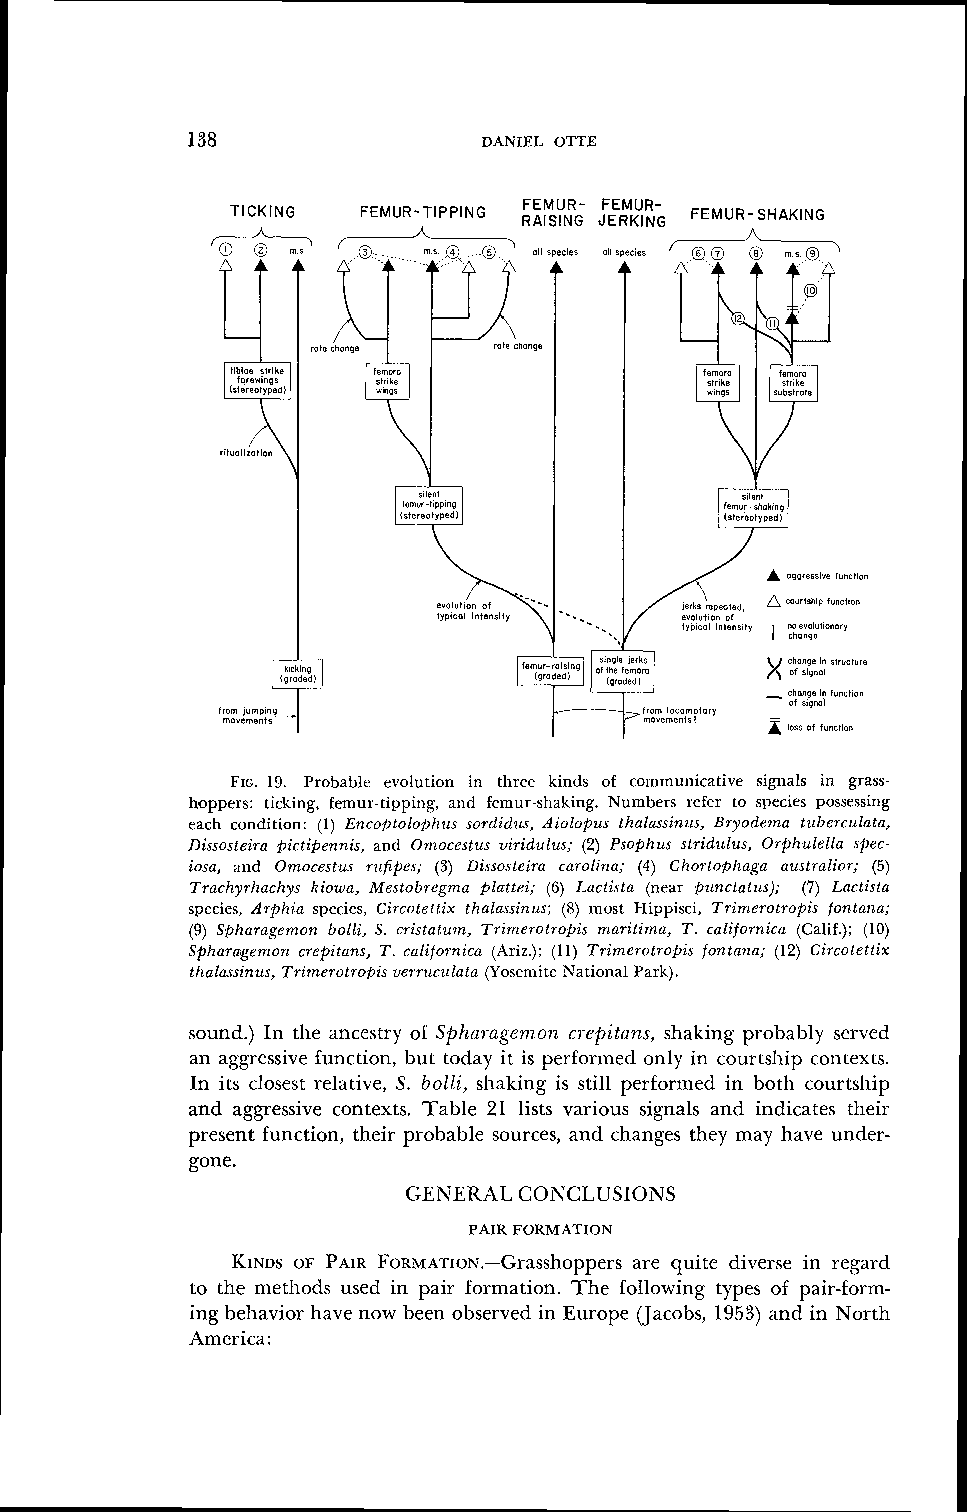
138                 DANIEL OITE
 FEMUR-SHAKING
 FIG. 19. Probable evolution in three kinds of communicative signals in grass-
 hoppers: ticking, femur-tipping, and fernur-shaking. Numbers refer to species possessing
 each condition: (1) Enco@tolofihzts sorclidzis, Aiolofizis thalassinus, Bryodema tuherculata,
 Dissosteira pictipennis, and Omocestus viridtilus; (2) Psophus stridzilus, Orfilzulella spec-
 iosa, and Ornocestzrs rufifies; (3) Dissosteira carolina; (4) Chortof~haga azistralior; (5)
 Trachyrhachys kiowa, Mestobregnta plattei; (6) Lactista (near f)unctatus); (7) Lactista
 species, Arphia species, Circotettix thalassinus; (8) most Hippisci, Trimerotrof)is fontana;
 (9) Spharage~nonb olli, S. cristatziin, Trinierolropis maritima, T. californica (Calif.); (10)
 Spharagemon crepitans, T. californica (Ariz.); (11) Trimerotroois fontana; (12) Circotettix
 thalassinus, Trimerotrofiis verrziculata (Yosemite National Park).
 sound.) In the ancestry of Sphal-agemon cl-epitalzs, shaking probably served
 an aggressive function, but today it is performed only in courtship contexts.
 In its closest relative, S. bolli, shaking is still performed in both courtship
 and aggressive contexts. Table 21 lists various signals and indicates their
 present function, their probable sources, and changes they may have under-
 gone.
 GENEKAL CONCLUSIONS
 PAIR FORMATION
 KINDSO F PAIRF ~ ~ ~ ~ ~ ~ ~ ~ . - G r a sasrhe oqupiptee drivse rse in regard
 to the methods used in pair formation. The following types of pair-form-
 ing behavior have now been observed in Europe (Jacobs, 1953) and in North
 America: